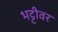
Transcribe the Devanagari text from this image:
भट्टीवर